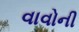
વાવોની